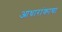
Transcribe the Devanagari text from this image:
आधारांकाचा